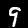
Label: 9